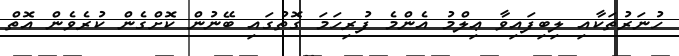
ހުނަރުތަކާއި ލިބިފައިވާ ޢިލްމު އެންމެ ފުރިހަަމަ ގޮތުގައި ބޭނުން ކޮށްގެން ކުރެވެން އޮތް